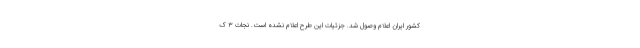
کشور ایران اعلام وصول شد. جزئیات این طرح اعلام نشده است. نجات 3 ک